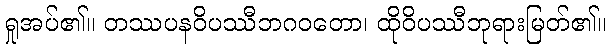
ရှုအပ်၏။ တဿပနဝိပဿီဘဂဝတော၊ ထိုဝိပဿီဘုရားမြတ်၏။